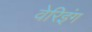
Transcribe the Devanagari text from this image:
वेरिइंग